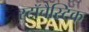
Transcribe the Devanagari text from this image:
स्टॉचैस्टिक